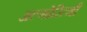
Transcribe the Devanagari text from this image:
अल्गोरित्मी